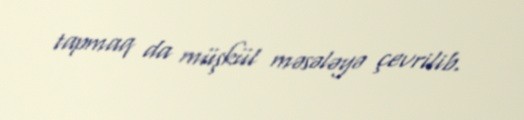
tapmaq da müşkül məsələyə çevrilib.